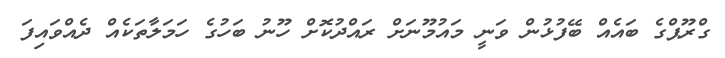
ގްރޫޕްގެ ބައެއް ބޭފުޅުން ވަނީ މައުމޫނަށް ރައްދުކޮށް ހޫނު ބަހުގެ ހަމަލާތަކެއް ދެއްވައިފަ